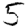
Digit: 5